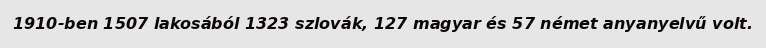
1910-ben 1507 lakosából 1323 szlovák, 127 magyar és 57 német anyanyelvű volt.